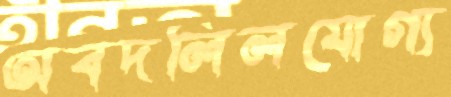
অবদলিলযোগ্য